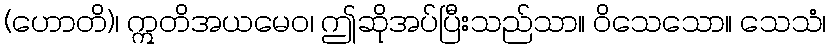
(ဟောတိ)၊ ဣတိအယမေဝ၊ ဤဆိုအပ်ပြီးသည်သာ။ ဝိသေသော။ သေသံ၊